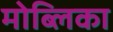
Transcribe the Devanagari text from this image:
मोब्लिका